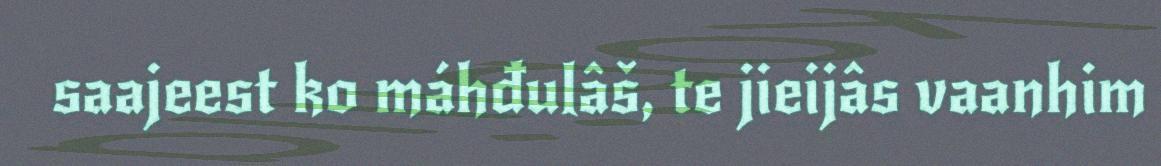
saajeest ko máhđulâš, te jieijâs vaanhim